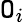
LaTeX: \mathtt{O}_{i}